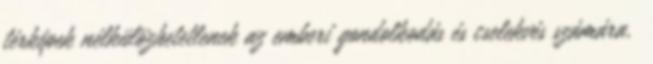
térképek nélkülözhetetlenek az emberi gondolkodás és cselekvés számára.